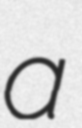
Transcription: a